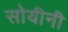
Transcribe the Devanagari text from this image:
सोयीनी